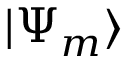
| \Psi _ { m } \rangle